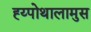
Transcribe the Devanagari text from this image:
ह्य्पोथालामुस